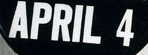
APRIL 4